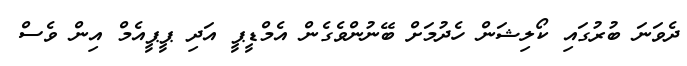
ދެވަނަ ބުރުގައި ކޯލިޝަން ހެދުމަށް ބޭނުންވެގެން އެމްޑީޕީ އަދި ޕީޕީއެމް އިން ވެސް